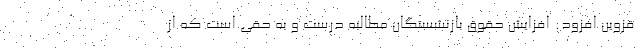
قزوین افزود: افزایش حقوق بازنشستگان مطالبه درست و به حقی است که از